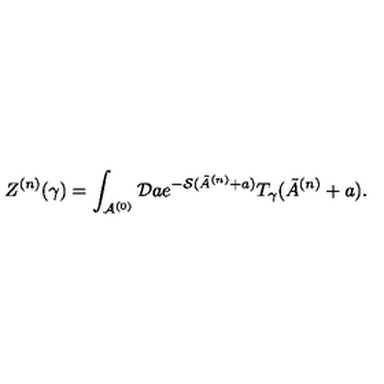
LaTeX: Z ^ { ( n ) } ( \gamma ) = \int _ { { \cal A } ^ { ( 0 ) } } { \cal D } a e ^ { - { \cal S } ( \tilde { A } ^ { ( n ) } + a ) } T _ { \gamma } ( \tilde { A } ^ { ( n ) } + a ) .